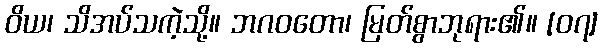
ဝိယ၊ သိအပ်သကဲ့သို့။ ဘဂဝတော၊ မြတ်စွာဘုရား၏။ [၀၇]